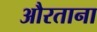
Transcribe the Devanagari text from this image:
औरताना